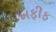
ખફીફ